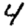
Digit: 4